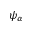
\psi _ { \alpha }